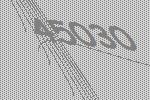
45030